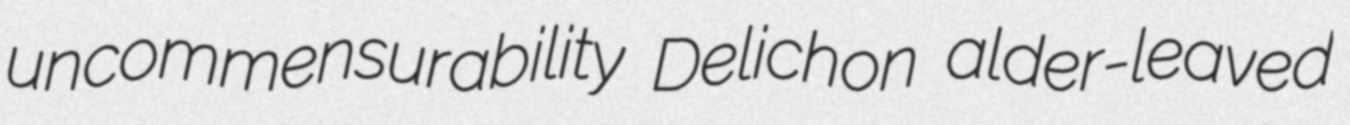
uncommensurability Delichon alder-leaved